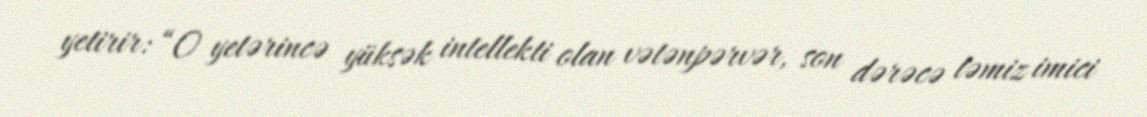
yetirir: “O yetərincə yüksək intellekti olan vətənpərvər, son dərəcə təmiz imici